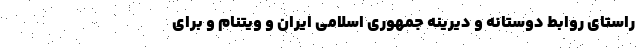
راستای روابط دوستانه و دیرینه جمهوری اسلامی ایران و ویتنام و برای